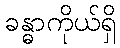
ခန္ဓာကိုယ်ရှိ